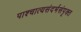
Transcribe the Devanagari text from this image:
पाश्चात्यसंदर्भसंपृक्त